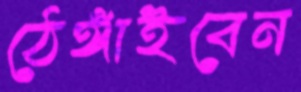
ঠেঙ্গাইবেন